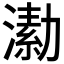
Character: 𣾗